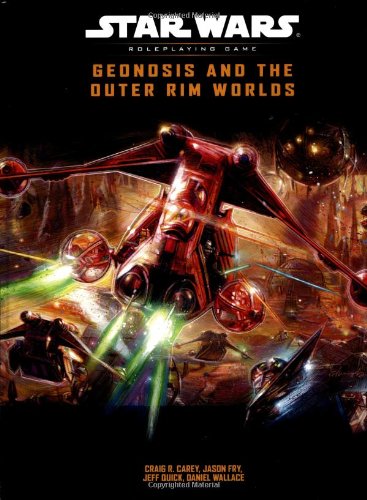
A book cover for Geonosis and the Outer Rim Worlds (Star Wars Roleplaying Game); Craig Carey; Science Fiction & Fantasy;